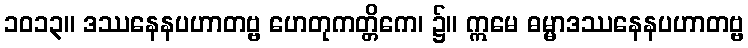
၁၀၁၃။ ဒဿနေနပဟာတဗ္ဗ ဟေတုကတ္တိကေ၊ ၌။ ဣမေ ဓမ္မာဒဿနေနပဟာတဗ္ဗ